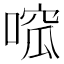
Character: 𠹁